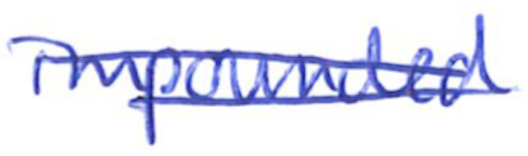
Text: impounded
Cross-out: double-line
Writing tool: ballpoint